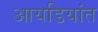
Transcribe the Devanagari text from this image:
आयडियांत